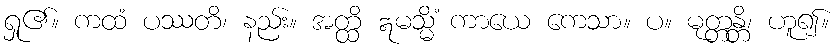
ရှု၏။ ကထံ ပဿတိ၊ နည်း။ အတ္ထိ ဣမသ္မိံ ကာယေ ကေသာ။ ပ။ မုတ္တန္တိ၊ ဟူ၍။